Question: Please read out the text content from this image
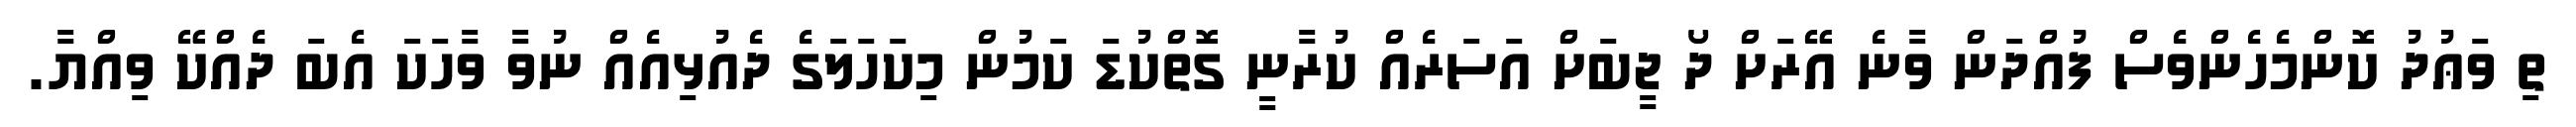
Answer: ތި ވަޢުދު ކޮންމެހެންވެސް ފުއްދަން ވާނެ އޭރަށް ދޯ ޖީބަށް އަސަރެއް ކުރާނީ ގޮތްކުޑަ ކަމުން މިކަހަލަގެ ދެއުޅިއެއް ނުވާ ވާހަކަ އެބަ ދެއްކޭ ވިއްޔާ.